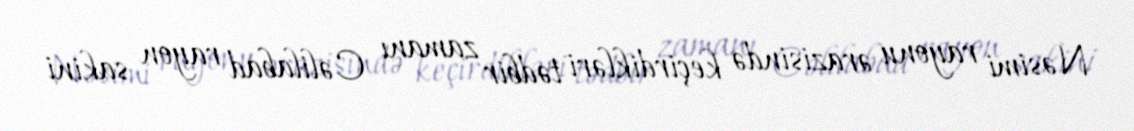
Nəsimi rayonu ərazisində keçirdikləri tədbir zamanı Cəlilabad rayon sakini